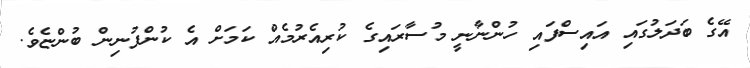
އޭގެ ބަދަލުގައި އައިސްފައި ހުންނާނީ މުސާރައިގެ ކުރިއެރުމެއް ކަމަށް އެ ކުންފުނިން ބުންޏެވެ.